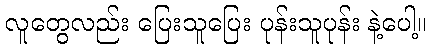
လူတွေလည်း ပြေးသူပြေး ပုန်းသူပုန်း နဲ့ပေါ့။